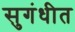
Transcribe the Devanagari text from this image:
सुगंधीत